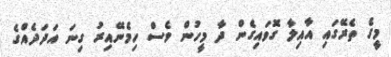
މީގެ ތެރޭގައި އާއިލާ ގޮވައިގެން ދާ މީހުން ވެސް ހިމެނޭއިރު ގިނަ އަދަދެއްގެ